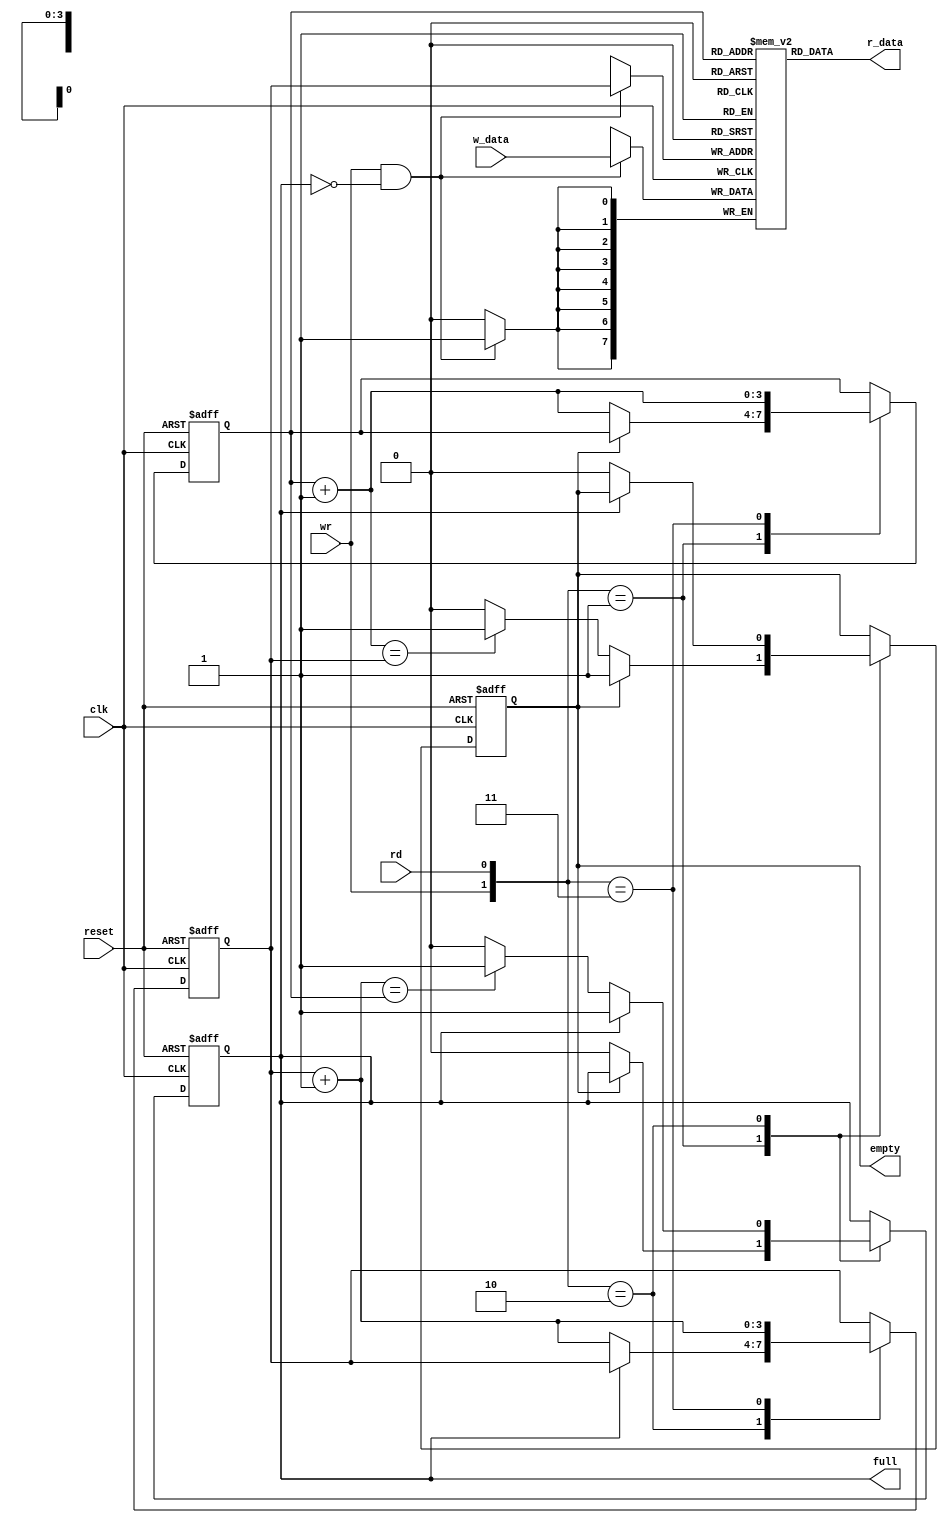
//////////////////////////////////////////////////////////////////////////////
/// Copyright (c) 2014, Ajit Mathew <ajitmathew04@gmail.com>
/// All rights reserved.
///
// Redistribution and use in source and binary forms, with or without modification, 
/// are permitted provided that the following conditions are met:
///
///  * Redistributions of source code must retain the above copyright notice, 
///    this list of conditions and the following disclaimer.
///  * Redistributions in binary form must reproduce the above copyright notice, 
///    this list of conditions and the following disclaimer in the documentation and/or 
///    other materials provided with the distribution.
///
///    THIS SOFTWARE IS PROVIDED BY THE COPYRIGHT HOLDERS AND CONTRIBUTORS "AS IS" AND ANY 
///    EXPRESS OR IMPLIED WARRANTIES, INCLUDING, BUT NOT LIMITED TO, THE IMPLIED WARRANTIES 
///    OF MERCHANTABILITY AND FITNESS FOR A PARTICULAR PURPOSE ARE DISCLAIMED. IN NO EVENT 
///    SHALL THE COPYRIGHT HOLDER OR CONTRIBUTORS BE LIABLE FOR ANY DIRECT, INDIRECT, 
///    INCIDENTAL, SPECIAL, EXEMPLARY, OR CONSEQUENTIAL DAMAGES (INCLUDING, BUT NOT 
///    LIMITED TO, PROCUREMENT OF SUBSTITUTE GOODS OR SERVICES; LOSS OF USE, DATA, OR 
///    PROFITS; OR BUSINESS INTERRUPTION) HOWEVER CAUSED AND ON ANY THEORY OF LIABILITY, 
///    WHETHER IN CONTRACT, STRICT LIABILITY, OR TORT (INCLUDING NEGLIGENCE OR OTHERWISE) 
///    ARISING IN ANY WAY OUT OF THE USE OF THIS SOFTWARE, EVEN IF ADVISED OF THE 
///   POSSIBILITY OF SUCH DAMAGE.
///
///
///  * http://opensource.org/licenses/MIT
///  * http://copyfree.org/licenses/mit/license.txt
///
//////////////////////////////////////////////////////////////////////////////

//Circular Fifo implementation

module fifo#(parameter B=8, // number of bits in a word 
                       W=4  // number of address bits
            )
   (
    input wire clk, reset,
    input wire rd, wr,
    input wire [B-1:0] w_data,
    output wire empty, full,
    output wire [B-1:0] r_data
   );

   
   reg [B-1:0] array_reg [2**W-1:0];  // register array
   reg [W-1:0] w_ptr_reg, w_ptr_next, w_ptr_succ;
   reg [W-1:0] r_ptr_reg, r_ptr_next, r_ptr_succ;
   reg full_reg, empty_reg, full_next, empty_next;
   wire wr_en;

   
   always @(posedge clk)
      if (wr_en)
         array_reg[w_ptr_reg] <= w_data;
   
   assign r_data = array_reg[r_ptr_reg];
   
   assign wr_en = wr & ~full_reg;

  
   always @(posedge clk, posedge reset)
      if (reset)
         begin
            w_ptr_reg <= 0;
            r_ptr_reg <= 0;
            full_reg <= 1'b0;
            empty_reg <= 1'b1;
         end
      else
         begin
            w_ptr_reg <= w_ptr_next;
            r_ptr_reg <= r_ptr_next;
            full_reg <= full_next;
            empty_reg <= empty_next;
         end

   
   always @*
   begin
     
      w_ptr_succ = w_ptr_reg + 1'b1;
      r_ptr_succ = r_ptr_reg + 1'b1;
      
      w_ptr_next = w_ptr_reg;
      r_ptr_next = r_ptr_reg;
      full_next = full_reg;
      empty_next = empty_reg;
      case ({wr, rd})
         // 2'b00:  no op
         2'b01: // read
            if (~empty_reg) 
               begin
                  r_ptr_next = r_ptr_succ;
                  full_next = 1'b0;
                  if (r_ptr_succ==w_ptr_reg)
                     empty_next = 1'b1;
               end
         2'b10: // write
            if (~full_reg) 
               begin
                  w_ptr_next = w_ptr_succ;
                  empty_next = 1'b0;
                  if (w_ptr_succ==r_ptr_reg)
                     full_next = 1'b1;
               end
         2'b11: 
            begin
               w_ptr_next = w_ptr_succ;
               r_ptr_next = r_ptr_succ;
            end
      endcase
   end

  
   assign full = full_reg;
   assign empty = empty_reg;

endmodule